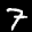
Label: 7